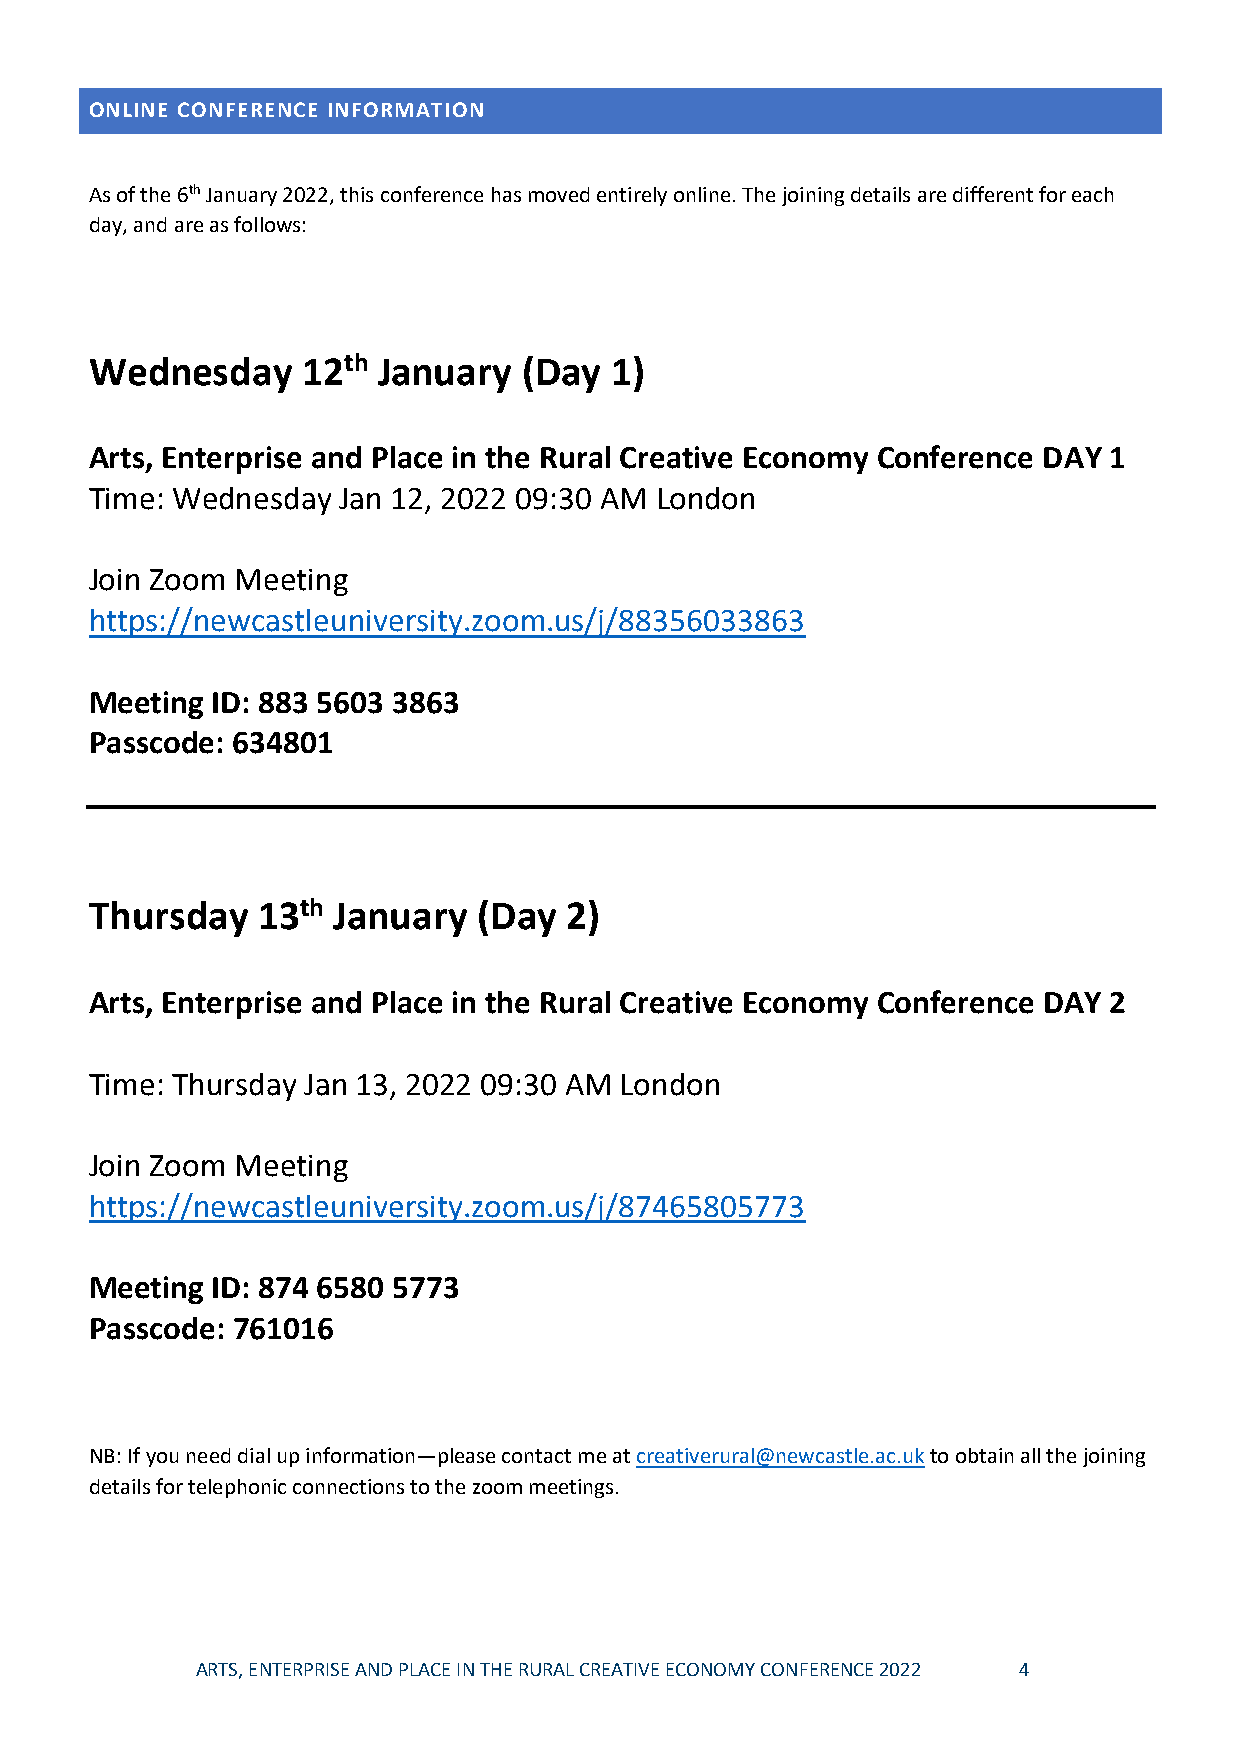
ONLINE CONFERENCE INFORMATION
 As of the 6th January 2022, this conference has moved entirely online. The joining details are different for each
 day, and are as follows:
 Wednesday     12th January   (Day 1)
 Arts, Enterprise and Place in the Rural Creative Economy Conference DAY 1
 Time: Wednesday Jan 12, 2022 09:30 AM London
 Join Zoom Meeting
 https://newcastleuniversity.zoom.us/j/88356033863
 Meeting ID: 883 5603 3863
 Passcode: 634801
 Thursday   13th January   (Day 2)
 Arts, Enterprise and Place in the Rural Creative Economy Conference DAY 2
 Time: Thursday Jan 13, 2022 09:30 AM London
 Join Zoom Meeting
 https://newcastleuniversity.zoom.us/j/87465805773
 Meeting ID: 874 6580 5773
 Passcode: 761016
 NB: If you need dial up information—please contact me at creativerural@newcastle.ac.uk to obtain all the joining
 details for telephonic connections to the zoom meetings.
 ARTS, ENTERPRISE AND PLACE IN THE RURAL CREATIVE ECONOMY CONFERENCE 2022 4